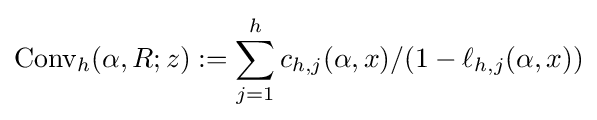
{\text{Conv}}_{h}(\alpha ,R;z):=\sum _{j=1}^{h}c_{h,j}(\alpha ,x)/(1-\ell _{h,j}(\alpha ,x))